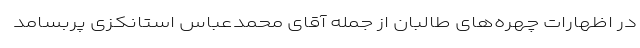
در اظهارات چهره‌های طالبان از جمله آقای محمدعباس استانکزی پربسامد